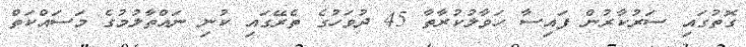
ގޮތުގައި ސަރުކާރުން ފައިސާ ހަވާލުކުރާތާ 45 ދުވަހުގެ ތެރޭގައި ކުނި ނައްތާލުމުގެ މަސައްކަތް